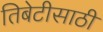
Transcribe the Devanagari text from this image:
तिबेटीसाठी